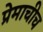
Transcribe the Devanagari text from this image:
प्रेमाचीच